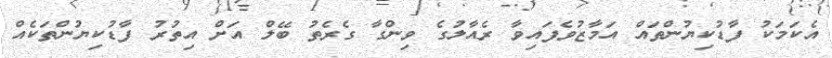
އެކަމަކު ފާޑުކިޔުންތައް އަމާޒުވެފައިވާ ރެއާލުގެ ވިންގާ ގެރެތު ބޭލް އަށް އިތުރު ފާޑުކިޔުންތަކެއް